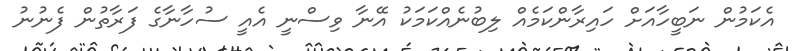
އެކަމުން ނަބީހާއަށް ހައިރާންކަމެއް ލިބުނެއްކަމަކު އޭނާ ވިސްނީ އެއީ ސުހާނާގެ ފަރާތުން ފެނުނު